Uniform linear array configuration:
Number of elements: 4
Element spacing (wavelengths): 0.75
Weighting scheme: hamming
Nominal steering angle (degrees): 60
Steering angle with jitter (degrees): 59.469
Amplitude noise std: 0.05
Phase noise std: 0.05

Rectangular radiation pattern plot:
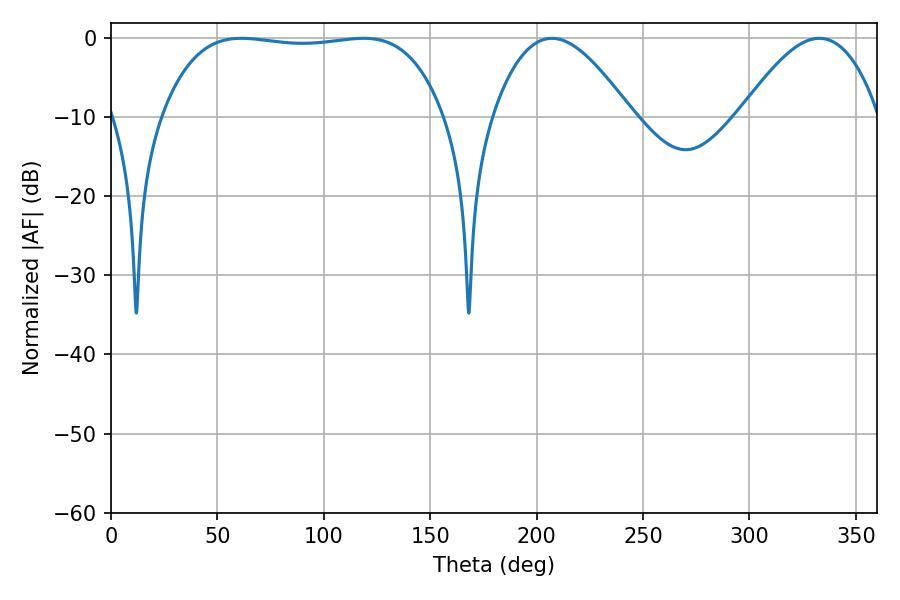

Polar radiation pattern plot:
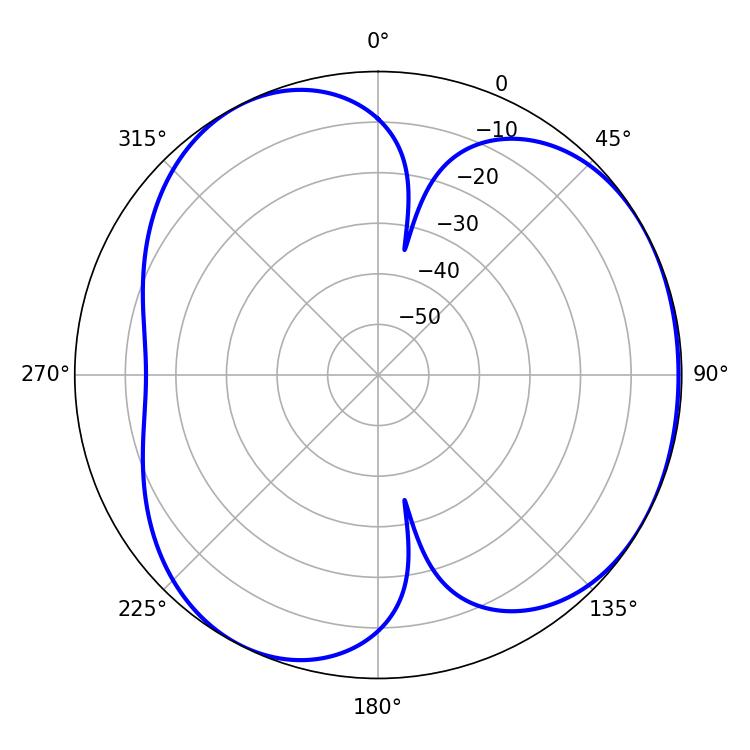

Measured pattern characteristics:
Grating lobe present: TRUE
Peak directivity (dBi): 3.903
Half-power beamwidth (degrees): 35.28
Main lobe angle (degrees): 207.18